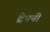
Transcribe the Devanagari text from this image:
ट्रेपनी